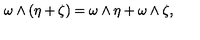
\omega \wedge ( \eta + \zeta ) = \omega \wedge \eta + \omega \wedge \zeta ,